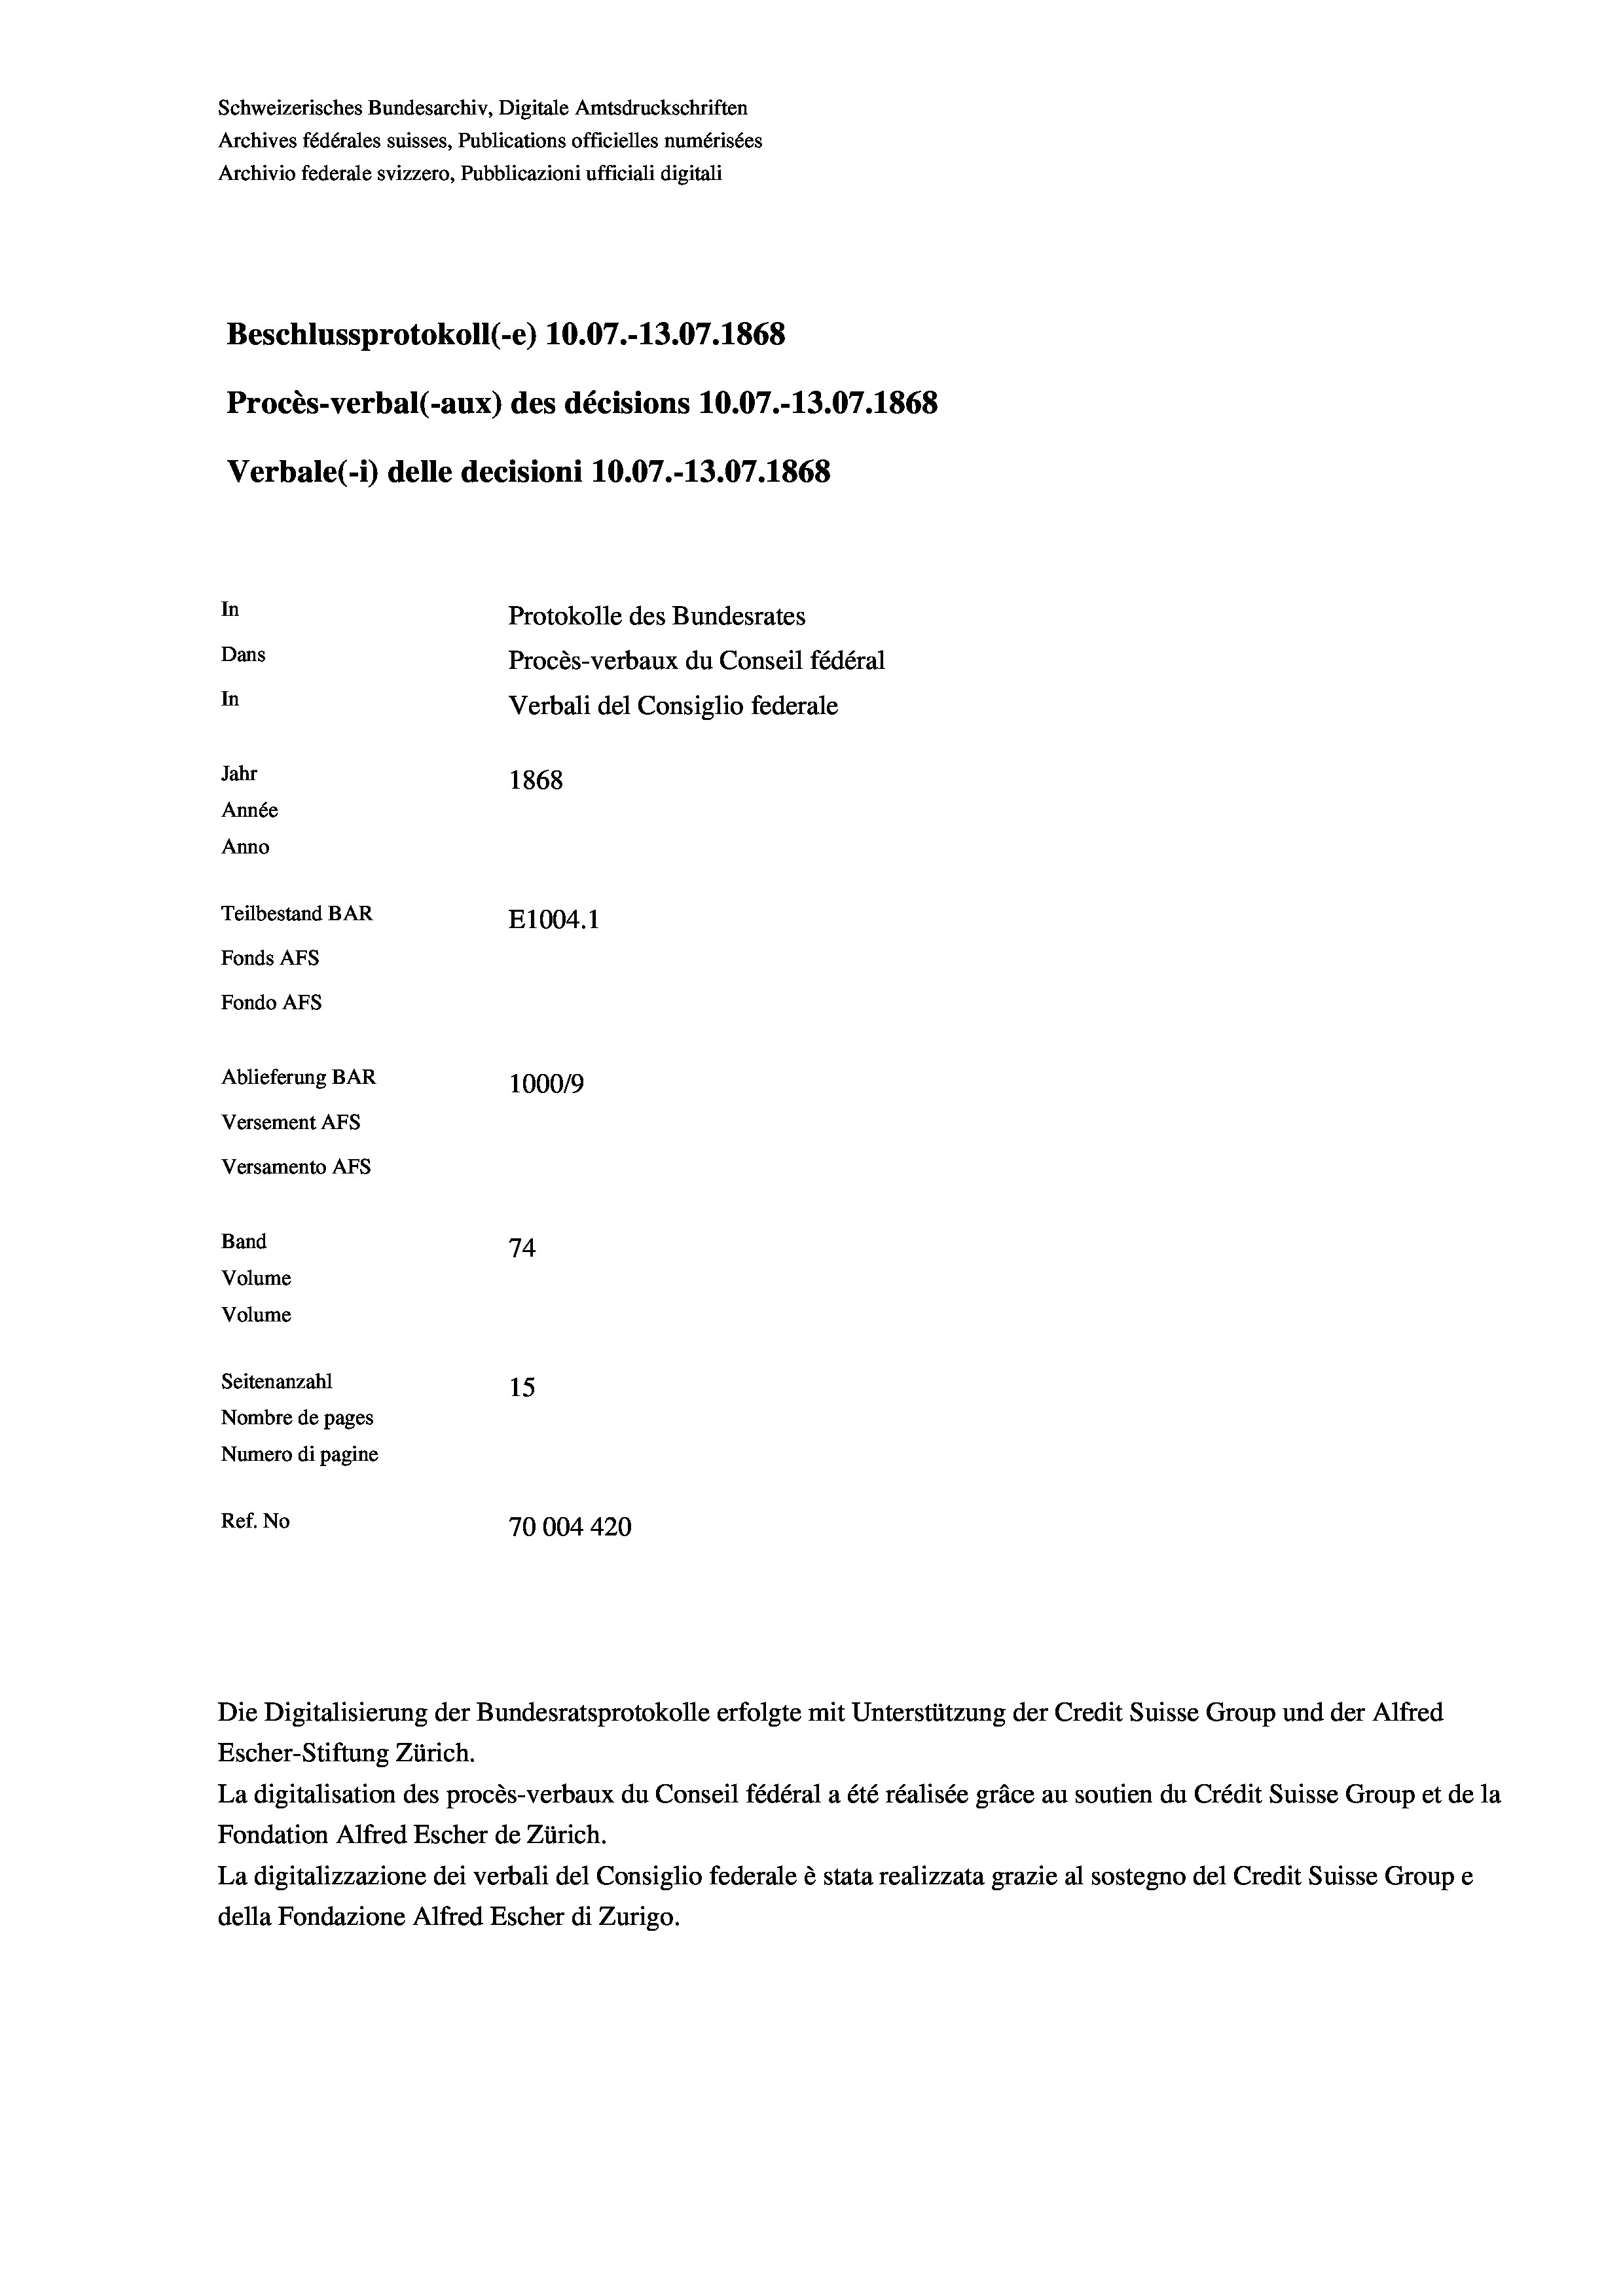
Schweizerisches Bundesarchiv, Digitale Amtsdruckschriften
Archives fédérales suisses, Publications officielles numérisées
Archivio federale svizzero, Pubblicazioni ufficiali digitali
Beschlussprotokoll (-e) 10.07.-13.07. 1868
Procès-verbal (-aux) des décisions 10.07.-13.07. 1868
Verbale(*) delle decisioni 10.07.-13.07. 1868
In
Protokolle des Bundesrates
Dans
Procès-verbaux du Conseil fédéral
In
Verbali del Consiglio federale
Jahr
1868
Année
Anno
Teilbestand BAR
E1004. 1
Fonds AFs
Fondo Afs
Ablieferung BAR
100019
Versement AFs
Versamento AFs
Band
74
Volume
Volume

Seitenanzahl
15
Nombre de pages
Numero di pagine
Ref. No
70004420

Die Digitalisierung der Bundesratsprotokolle erfolgte mit Unterstützung der Credit Suisse Group und der Alfred
Escher-Stiftung Zürich.
La digitalisation des procès-verbaux du Conseil fédéral a été réalisée gräce au soutien du Crédit Suisse Group et de la
Fondation Alfred Escher de Zürich.
La digitalizzazione dei verbali del Consiglio federale è stata realizzata grazie al sostegno del Credit Suisse Groupe
della Fondazione Alfred Escher di Zurigo.